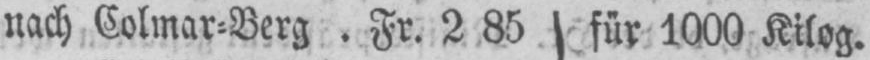
nach Colmar⸗Berg. Fr. 2 85 für 1000 Kilog.